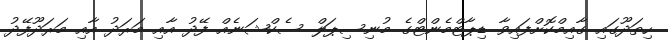
ހިތަދޫގައި ގާއިމްކޮށްފައިވާ ޑިޕާޓްމެންޓްގެ މުނިސިޕަލް ސެކްޝަނެއް ފޭދު އާއި މަރަދު އާއި މަރަދޫފޭދު